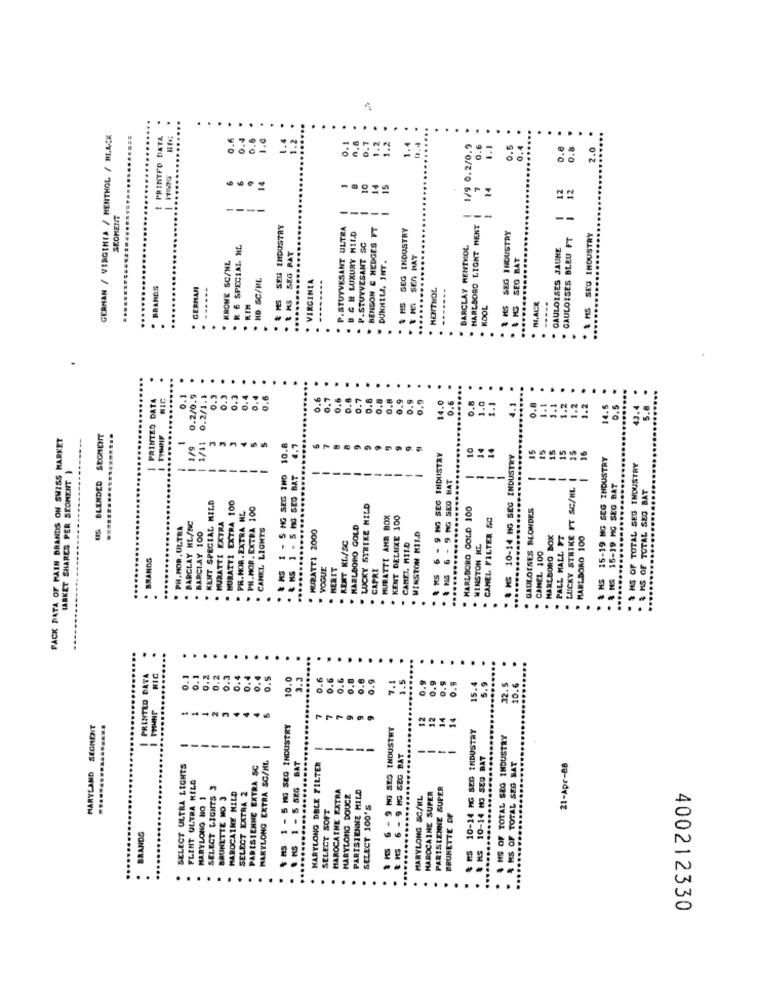
..
........
GERMAN / VIRGINIA / MENTHOL / BLACK
PRINTED DATA
0.6
0.4
0.5
1.4
1.2
1.2
1.2
0.1
0.
1.4
1/9 0.2/0.9
0.6
0.5
0.
0.8
2.
14
15
14
12
..
SEGMENT
--
-
& MS SEU INDUSTRY
P.STUYVESANT ULTRA
BENSON & HEDGES FT
& MS SEG INDUSTRY
---
MARLBORO LIGHT MENT
B & # LUXURY HILD
SEG INDUSTRY
GAULOISES BLEU FT
* & MS SEG INDUSTRY
. R 6 SPECIAL HL
P.STUYVESANT SC
BARCLAY MENTHOL
GAULOISES JAUNE
. 1 HS SEG RAT
. 1 H SEN HAT
* & HG SEG BAT
. KRONE SC/NL
DUNHILL, INT.
..............
HD SC/HL
. VIRGINIA
BRANDS
GERMAN
......
. MENTHOL
.........
KIM
KOOL
2 HS
MACK
-----
.
.
.......
1 PRINTED DATA
0.1
0.2/0.9
0.2/1.1
0.3
0.3
0.3
0.4
9.6
0.6
0.6
0.6
0.7
0.8
0.8
0.8
0.9
0.9
......
0.9
0.6
0.8
1.0
1.1
4.1
0.8
1.1
1.1
1.2
1.2
1.2
14.5
0.5
43.4
5.6
FACK DATA OF KAIN BRANDIS ON SWISS MARKET
US BLENDED SEGMENT
1/11
-
1/9
& MS 1 - 5 HG SEG IND 10.8
10
14
14
15
15
- 9 HG SEG INDUSTRY
. & MS 10-14 HG SEG INDUSTRY
15
15
16
& MS 15-19 MG SEG INDUSTRY
. & HS 1 - 5 MG SEG BAT
$ MS OF TOTAL SEG INDUSTRY
MARKET SHARES PER SEOMENT
-
-
-
---
* * * 6-9 MG SEO BAT
LUCKY STRIKE FT SC/HL |
-
--
-
-
-
. & MS 15-19 MG SEG BAT
. & HS OF TOTAL SEG BAT
KENT SPECIAL HILD
MURATTI EXTRA 100
PR.HOR. EXTRA NL
PH.MOR. EXTRA 100
LUCKY STRIKE MILD
" MARLBORO GOLD 100
GAULOISES BLONDES
MURATTT AMB BOX
KENT DELUXE 100
CAMEL FILTER SC
PH. HOR, ULTRA
BARCLAY HL/SC
MURATTE EXTRA
CANEL LIGHTS
MURATTI 2000
MARLBORO GOLD
BARCLAY 100
WINSTON HILD
MARLBORO BOX
PALL MALL FT
MARLBORO 100
RENT KL/SC
CAMEL MILD
WINSTON HE
BRANDS
CANEL 100
VOGUE
HERIT
CAPRI
. & MS
.........
PRINTED DATA
NIC
0.5
10.0
3.3
0.6
0.6
0.6
0.8
0.6
0.9
...
7.1
1.5
0.9
15.4
5.9
32.5
10.6
12
12
14
14
MARYLAND SEGMENT
& MS 1 - 5 MG SEG INDUSTRY
HG SEG INDUSTRY
.....
10-14 HG SEG INDUSTRY
A HS OF TOTAL SEG INDUSTRY
HARYLONG EXTRA SC/HL
--
-
& HS 6 - 9 MG SEG BAT
& HS 10-14 HO SEG BAT
SELECT ULTRA LIGHTS
PARISIENNE EXTRA SC
8 HS 1 - 5 SEG BAT
MARYLONG DELE FILTER
& MS OF TOTAL SEG BAT
21-Apr-88
FLINT ULTRA HILD
SELECT LIGHTS 3
PARISIENNE HILD
PARISIENNE SUPER
MARYLONG NO 1
BRUNETTE MO 3
MAROCAINE MILD
SELECT EXTRA 2
MAROCAINE EXTRA
MARYLONG DOUCZ
MARYLONG SC/IL
MAROCAINE SUPER
SELECT 100'S
SELECT SOFT
BRUNETTE DF
# 1 6 -
BRANDS
400212330